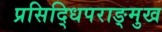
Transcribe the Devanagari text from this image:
प्रसिद्धिपराङ्‍मुख